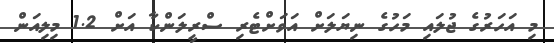
މި އަހަރުގެ ޖުލައި މަހުގެ ނިޔަލަށް އަވަށްޓެރި ސްރީލަންކާ އަށް 1.2 މިލިއަން